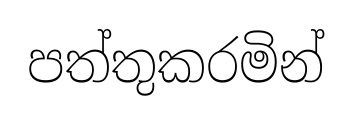
පත්තුකරමින්